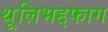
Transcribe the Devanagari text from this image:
थूलिभद्दफाग